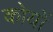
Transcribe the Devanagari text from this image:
कोयों